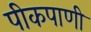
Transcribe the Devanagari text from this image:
पीकपाणी